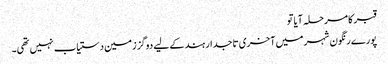
قبر کا مرحلہ آیا تو
پورے رنگون شہر میں آخری تاجدار ہند کے لیے دوگز زمین دستیاب نہیں تھی۔